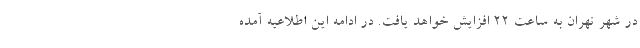
در شهر تهران به ساعت ٢٢ افزایش خواهد یافت. در ادامه این اطلاعیه آمده